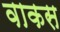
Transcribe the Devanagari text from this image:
वाकस